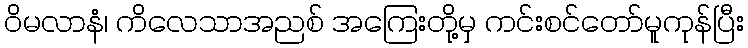
ဝိမလာနံ၊ ကိလေသာအညစ် အကြေးတို့မှ ကင်းစင်တော်မူကုန်ပြီး